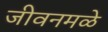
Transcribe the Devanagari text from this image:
जीवनमळे